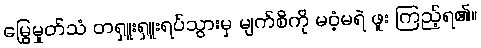
မြွေမှုတ်သံ တရှူးရှူးရပ်သွားမှ မျက်စိကို မဝံ့မရဲ ဖူး ကြည့်ရ၏။